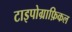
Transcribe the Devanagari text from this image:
टाइपोग्राफ़िकल